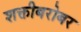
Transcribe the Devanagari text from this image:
शक्तीबरोबर